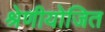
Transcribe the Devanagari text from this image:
श्रेणीयोजित